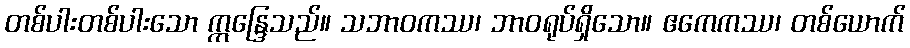
တစ်ပါးတစ်ပါးသော ဣန္ဒြေသည်။ သဘာဝကဿ၊ ဘာဝရုပ်ရှိသော။ ဧကေကဿ၊ တစ်ယောက်